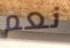
نعم